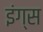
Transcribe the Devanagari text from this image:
इंग्स